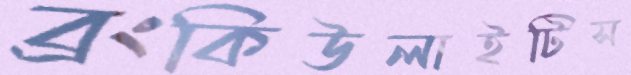
ব্রংকিউলাইটিস